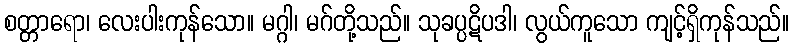
စတ္တာရော၊ လေးပါးကုန်သော။ မဂ္ဂါ၊ မဂ်တို့သည်။ သုခပ္ပဋိပဒါ၊ လွယ်ကူသော ကျင့်ရှိကုန်သည်။